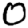
Digit: 0